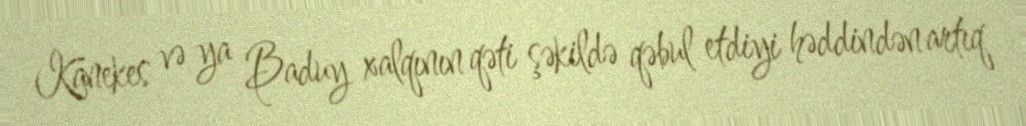
Kanekes və ya Baduy xalqının qəti şəkildə qəbul etdiyi həddindən artıq